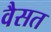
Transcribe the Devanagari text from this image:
वैसत